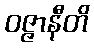
ဝဇ္ဇာနီတိ